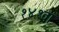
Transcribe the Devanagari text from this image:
१४१वां